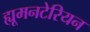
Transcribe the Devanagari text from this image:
ह्यूमनटेरियन